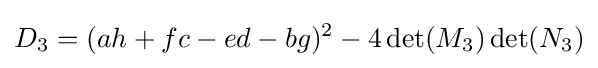
D_{3}=(ah+fc-ed-bg)^{2}-4\det(M_{3})\det(N_{3})